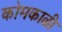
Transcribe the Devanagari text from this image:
कोमकाळी